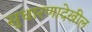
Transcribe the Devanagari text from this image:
सुधारणादेखील